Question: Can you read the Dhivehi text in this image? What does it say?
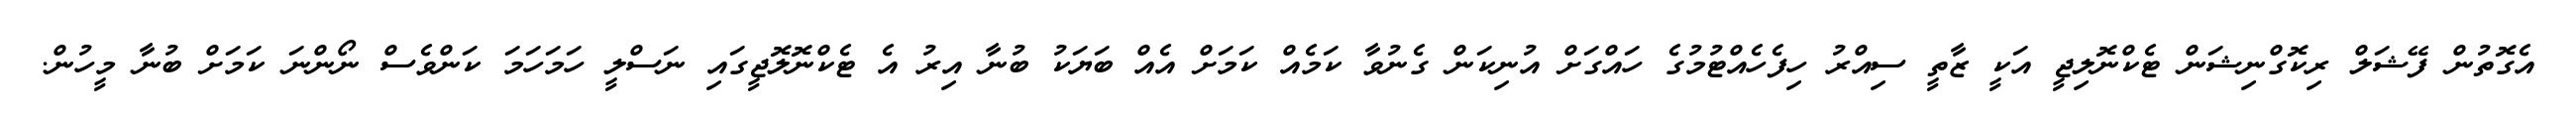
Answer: އެގޮތުން ފޭޝަލް ރިކޮގްނިޝަން ޓެކްނޮލިޖީ އަކީ ޒާތީ ސިއްރު ހިފެހެއްޓުމުގެ ހައްގަށް އުނިކަން ގެނުވާ ކަމެއް ކަމަށް އެއް ބަޔަކު ބުނާ އިރު އެ ޓެކްނޮލޮޖީގައި ނަސްލީ ހަމަހަމަ ކަންވެސް ނޯންނަ ކަމަށް ބުނާ މީހުން.